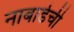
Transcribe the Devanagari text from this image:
नाबार्डची